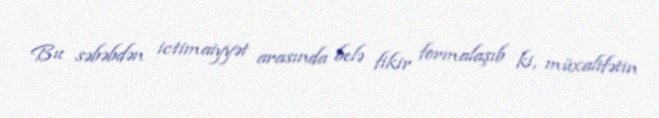
Bu səbəbdən ictimaiyyət arasında belə fikir formalaşıb ki, müxalifətin